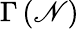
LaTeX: \Gamma\left(\mathscr{N}\right)